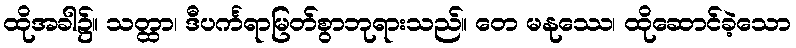
ထိုအခါ၌။ သတ္ထာ၊ ဒီပင်္ကရာမြတ်စွာဘုရားသည်။ တေ မနုဿေ၊ ထိုဆောင်ခဲ့သော